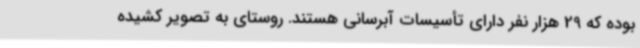
بوده که 29 هزار نفر دارای تأسیسات آبرسانی هستند. روستای به تصویر کشیده